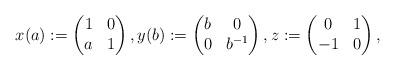
LaTeX: \begin{align*}x(a):=\left(\begin{matrix} 1& 0 \\ a & 1 \end{matrix} \right), y(b):=\left(\begin{matrix} b& 0 \\ 0 & b^{-1} \end{matrix} \right), z:=\left(\begin{matrix} 0& 1 \\ -1 & 0 \end{matrix} \right),\end{align*}